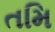
તમિ